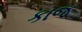
કાજ